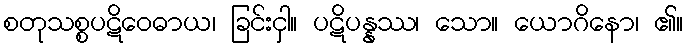
စတုသစ္စပဋိဝေဓာယ၊ ခြင်းငှါ။ ပဋိပန္နဿ၊ သော။ ယောဂိနော၊ ၏။